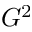
G ^ { 2 }